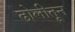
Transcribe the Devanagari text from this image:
ढोलीतून